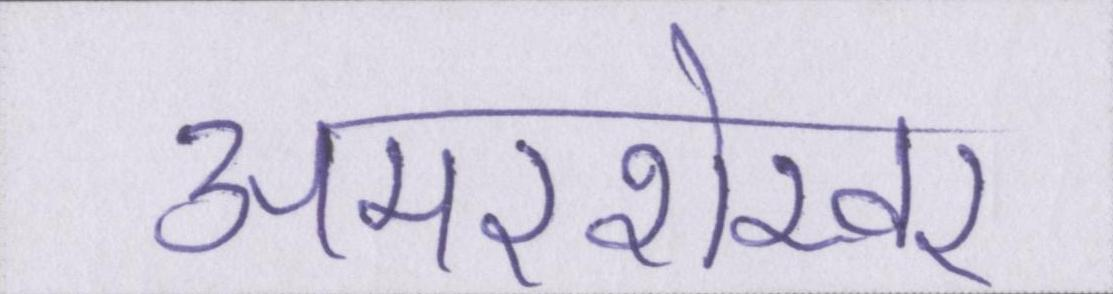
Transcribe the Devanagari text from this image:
अमरशेखर